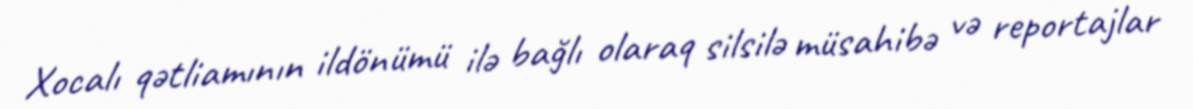
Xocalı qətliamının ildönümü ilə bağlı olaraq silsilə müsahibə və reportajlar